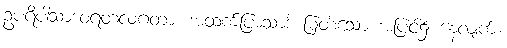
ဥပရိပါသာဒဝရတလဂတာ၊ အထက်ပြာသာဒ် မြတ်သော အပြင်၌ နေလျက်။